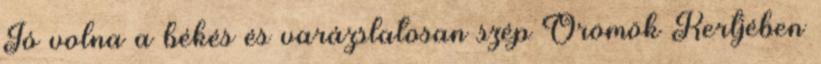
Jó volna a békés és varázslatosan szép Örömök Kertjében